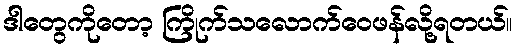
ဒါတွေကိုတော့ ကြိုက်သလောက်ဝေဖန်လို့ရတယ်။